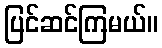
ပြင်ဆင်ကြမယ်။